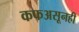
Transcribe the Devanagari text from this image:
कफअसूनही